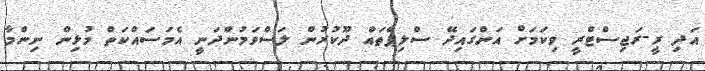
އަދި ރީ-ރަޖިސްޓްރީ ވިކަމަށް އަންގައިދޭ ސްލިޕްތައް ދޫކުރުން ލަސްވަމުންދަނީ އެމަސައްކަތް މުޅިން ނިންމާ